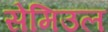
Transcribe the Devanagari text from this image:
सेमिउल